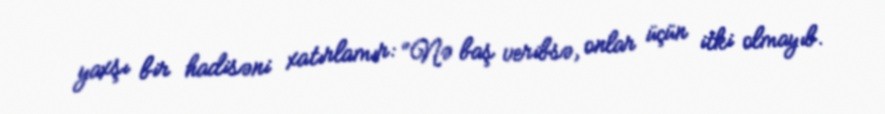
yaxşı bir hadisəni xatırlamır: “Nə baş veribsə, onlar üçün itki olmayıb.